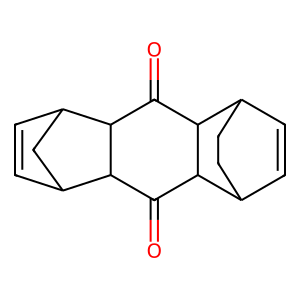
SMILES: O=C1C2C3C=CC(CC3)C2C(=O)C2C3C=CC(C3)C12
Inhibits HIV replication: No